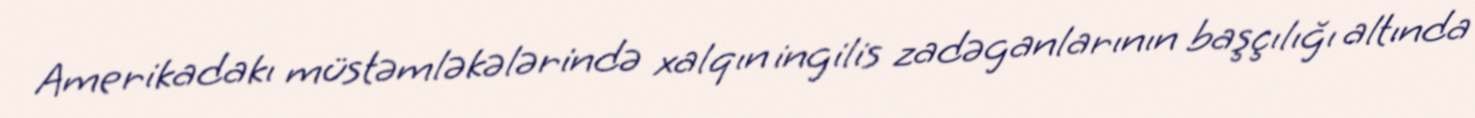
Amerikadakı müstəmləkələrində xalqın ingilis zadəganlarının başçılığı altında